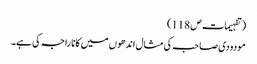
( تفہیمات ص 118)
مودودی صاحب کی مثال اندھوں میں کانا راجہ کی ہے۔